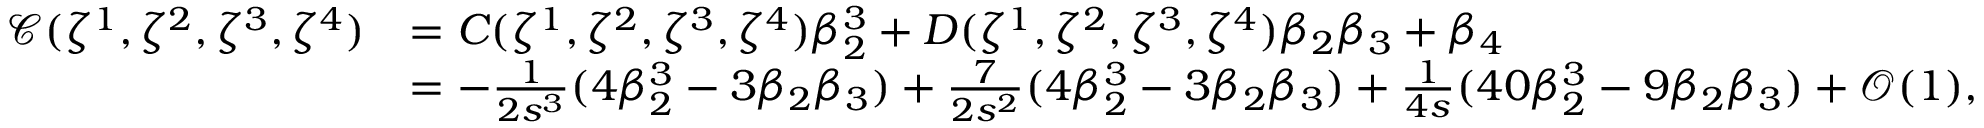
\begin{array} { r l } { \mathcal { C } ( \zeta ^ { 1 } , \zeta ^ { 2 } , \zeta ^ { 3 } , \zeta ^ { 4 } ) } & { = C ( \zeta ^ { 1 } , \zeta ^ { 2 } , \zeta ^ { 3 } , \zeta ^ { 4 } ) \beta _ { 2 } ^ { 3 } + D ( \zeta ^ { 1 } , \zeta ^ { 2 } , \zeta ^ { 3 } , \zeta ^ { 4 } ) \beta _ { 2 } \beta _ { 3 } + \beta _ { 4 } } \\ & { = - \frac { 1 } { 2 s ^ { 3 } } ( 4 \beta _ { 2 } ^ { 3 } - 3 \beta _ { 2 } \beta _ { 3 } ) + \frac { 7 } { 2 s ^ { 2 } } ( 4 \beta _ { 2 } ^ { 3 } - 3 \beta _ { 2 } \beta _ { 3 } ) + \frac { 1 } { 4 s } ( 4 0 \beta _ { 2 } ^ { 3 } - 9 \beta _ { 2 } \beta _ { 3 } ) + \mathcal { O } ( 1 ) , } \end{array}